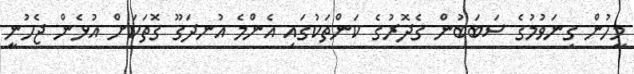
މީހުން ގިނަވުމުގެ ސަބަބުން ގެދޮރުގެ ކަންތަކުގައި އެންމެ އުނދަގޫ ގޮތަކަށް އުޅެން ޖެހުނީ